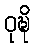
ဝုဍ္ဎိ